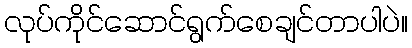
လုပ်ကိုင်ဆောင်ရွက်စေချင်တာပါပဲ။